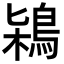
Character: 𪀶